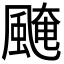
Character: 𩗷